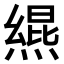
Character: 𪹩